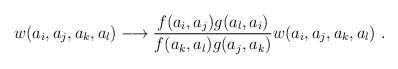
\begin{align*}w(a_i,a_j,a_k,a_l)\longrightarrow\frac{f(a_i,a_j)g(a_l,a_i)}{f(a_k,a_l)g(a_j,a_k)}w(a_i,a_j,a_k,a_l)~.\end{align*}